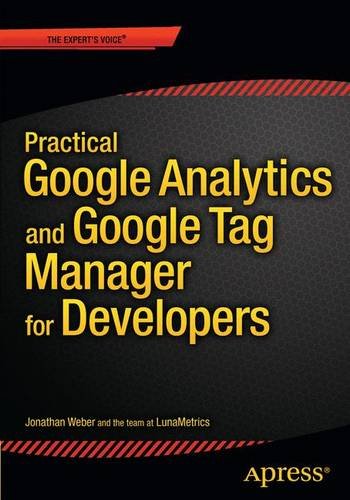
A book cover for Practical Google Analytics and Google Tag Manager  for Developers; Jonathan Weber; Computers & Technology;